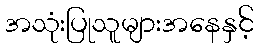
အသုံးပြုသူများအနေနှင့်